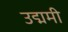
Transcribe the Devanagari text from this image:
उद्ममी